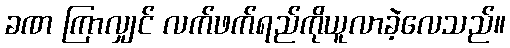
ခဏ ကြာလျှင် လက်ဖက်ရည်ကိုယူလာခဲ့လေသည်။